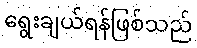
ရွေးချယ်ရန်ဖြစ်သည်